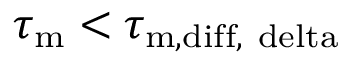
\tau _ { \mathrm { m } } < \tau _ { \mathrm { m , d i f f , \ d e l t a } }